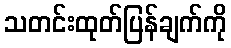
သတင်းထုတ်ပြန်ချက်ကို